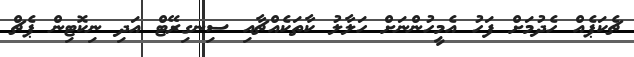
ޗެކަޕެއް ހެދުމަށް ފަހު އެމީހުންނަށް ހަލާލު ކާތަކެއްޗާއި ސިނގިރޭޓް އަދި ނިކޮޓިން ޕެޗް